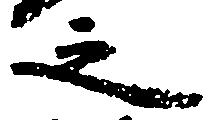
之